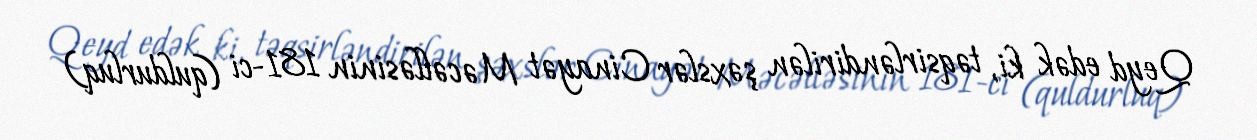
Qeyd edək ki, təqsirləndirilən şəxslər Cinayət Məcəlləsinin 181-ci (quldurluq)